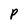
Character: P